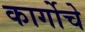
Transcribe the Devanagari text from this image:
कार्गोचे